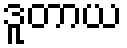
ဒူတာယ